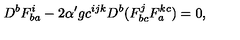
D ^ { b } F _ { b a } ^ { i } - 2 \alpha ^ { \prime } g c ^ { i j k } D ^ { b } ( F _ { b c } ^ { j } F _ { a } ^ { k c } ) = 0 ,